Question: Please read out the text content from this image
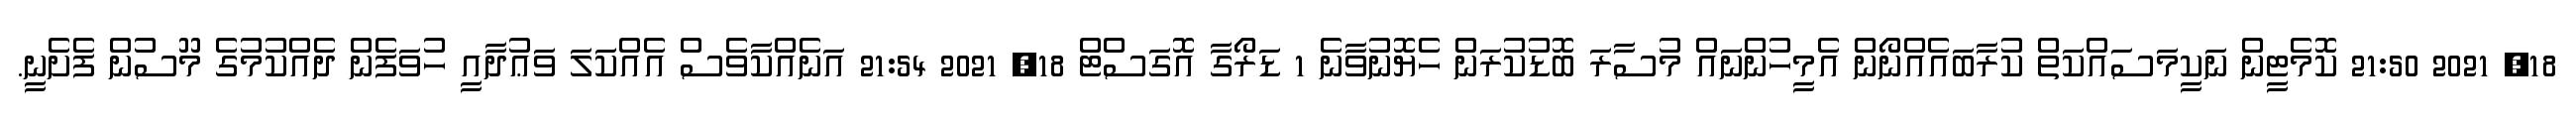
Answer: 18, 2021 21:50 ކޮމެޓީން ނަކީމަސައްކަތް ކުރާބައެއްނޯން އެމީހުންނައް މުސާރަ ބޮޑުކުރަން ހެޔޮނުވާނެ 1 ޑަރޯގާ އޮގަސްޓް 18, 2021 21:54 އަނެއްކާވެސް އެއްކަލަ ވަޢުދާއީ ހުވަފެން ދެއްކުމުގެ މޫސުން ފެށެނީ.